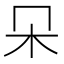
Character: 𣎻